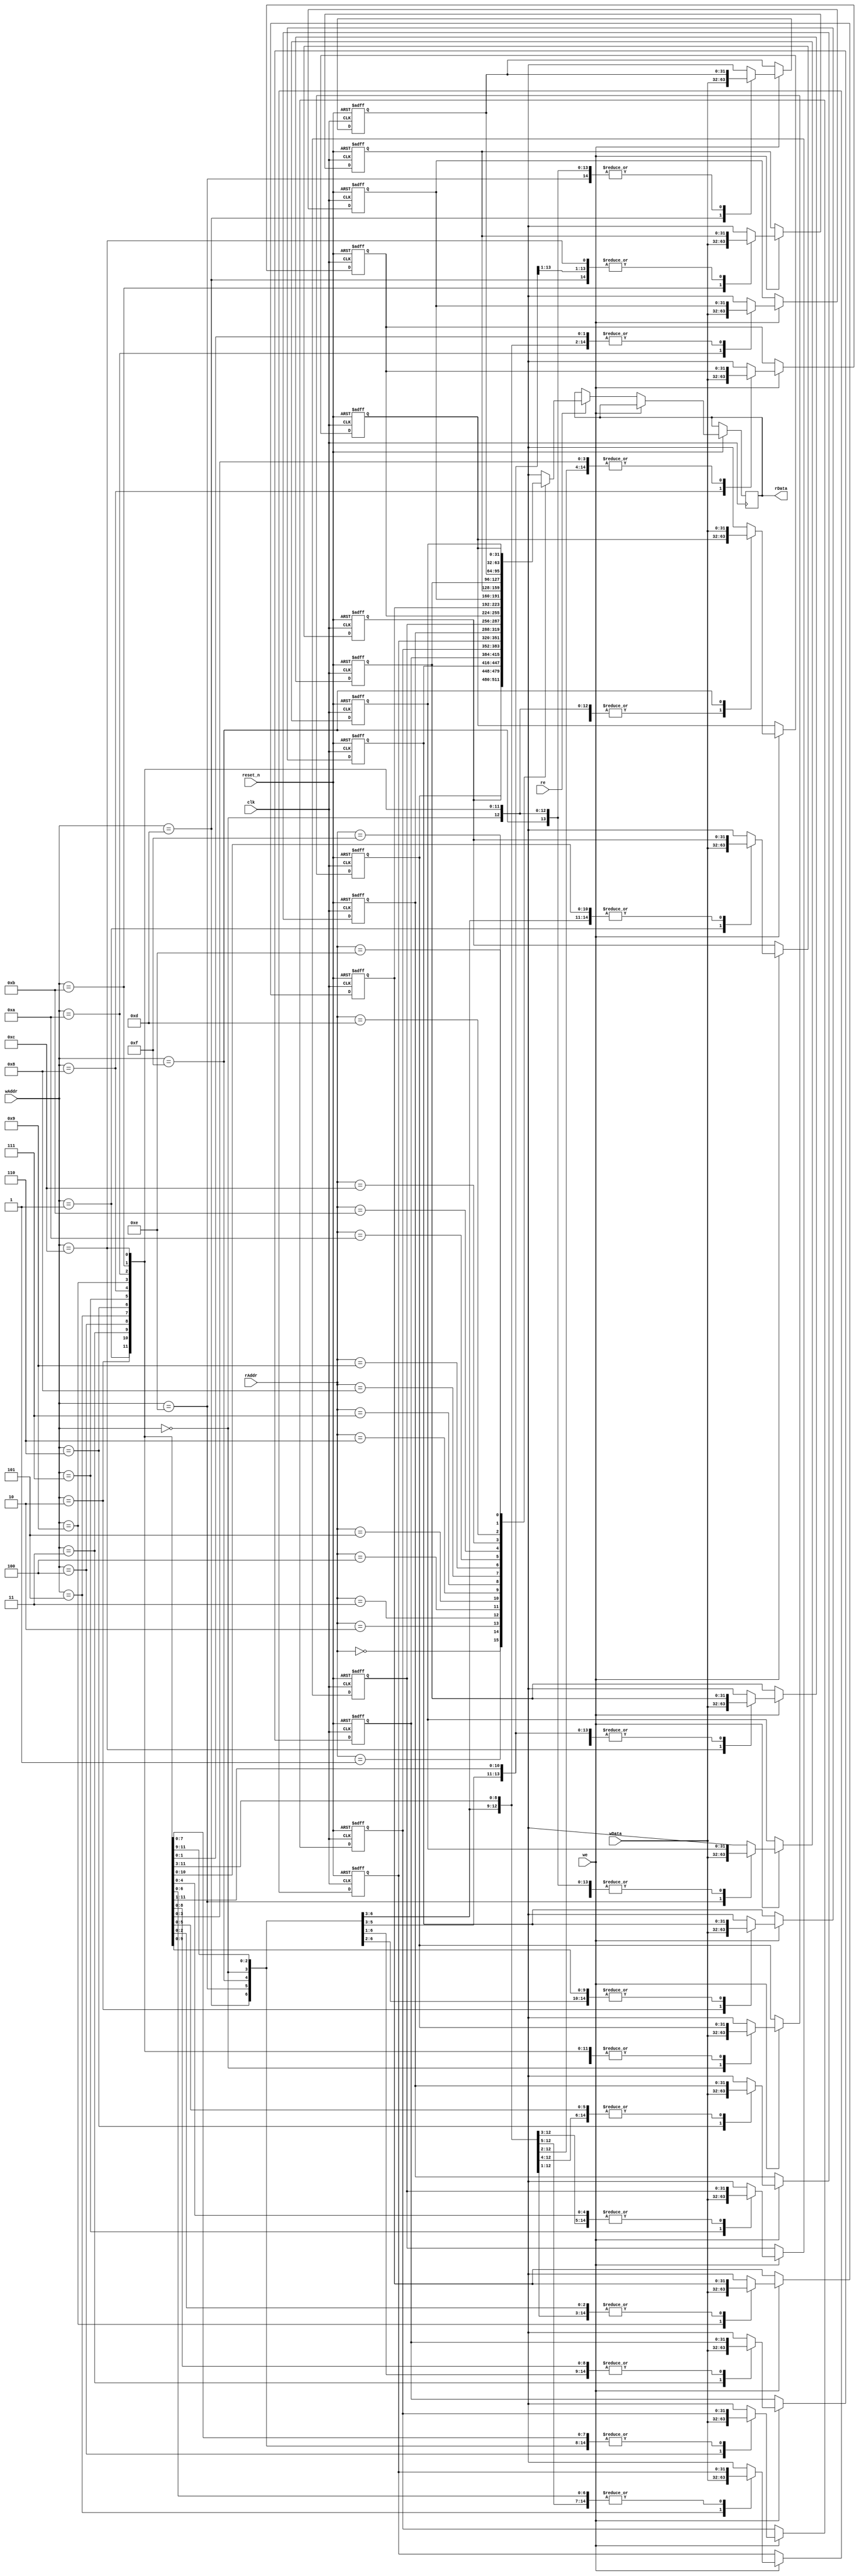
module ALU_registerfile_2(clk, reset_n, wAddr, wData, we, re, rAddr, rData); //register file with 16 data
	input clk, reset_n, we, re;
	input[3:0] wAddr, rAddr;
	input[31:0] wData;
	output reg[31:0] rData;
	
	reg[31:0] data0; 
	reg[31:0] data1;
	reg[31:0] data2;
	reg[31:0] data3;
	reg[31:0] data4;
	reg[31:0] data5;
	reg[31:0] data6;
	reg[31:0] data7;
	reg[31:0] data8;
	reg[31:0] data9;
	reg[31:0] data10;
	reg[31:0] data11;
	reg[31:0] data12;
	reg[31:0] data13;
	reg[31:0] data14;
	reg[31:0] data15;//16 data
	
	always @ (posedge clk or negedge reset_n)
		begin
			if (reset_n == 1'b0)
				begin
					data0 = 32'h0000_0000;
					data1 = 32'h0000_0000;
					data2 = 32'h0000_0000;
					data3 = 32'h0000_0000;
					data4 = 32'h0000_0000;
					data5 = 32'h0000_0000;
					data6 = 32'h0000_0000;
					data7 = 32'h0000_0000;
					data8 = 32'h0000_0000;
					data9 = 32'h0000_0000;
					data10 = 32'h0000_0000;
					data11 = 32'h0000_0000;
					data12 = 32'h0000_0000;
					data13 = 32'h0000_0000;
					data14 = 32'h0000_0000;
					data15 = 32'h0000_0000; //reset all data
				end 
			
			else if (clk == 1'b1)
				begin
					if (we == 1'b1) //write
						begin
							case(wAddr)
								4'b0000 : data0 = wData;
								4'b0001 : data1 = wData;
								4'b0010 : data2 = wData;
								4'b0011 : data3 = wData;
								4'b0100 : data4 = wData;
								4'b0101 : data5 = wData;
								4'b0110 : data6 = wData;
								4'b0111 : data7 = wData;
								4'b1000 : data8 = wData;
								4'b1001 : data9 = wData;
								4'b1010 : data10 = wData;
								4'b1011 : data11 = wData;
								4'b1100 : data12 = wData;
								4'b1101 : data13 = wData;
								4'b1110 : data14 = wData;
								4'b1111 : data15 = wData;
							endcase 
						end
						
					else if (re == 1'b1) //read
						begin
							case(rAddr)
								4'b0000 : rData = data0;
								4'b0001 : rData = data1;
								4'b0010 : rData = data2;
								4'b0011 : rData = data3;
								4'b0100 : rData = data4;
								4'b0101 : rData = data5;
								4'b0110 : rData = data6;
								4'b0111 : rData = data7;
								4'b1000 : rData = data8;
								4'b1001 : rData = data9;
								4'b1010 : rData = data10;
								4'b1011 : rData = data11;
								4'b1100 : rData = data12;
								4'b1101 : rData = data13;
								4'b1110 : rData = data14;
								4'b1111 : rData = data15;
							endcase 
						end
				end
		end 
endmodule